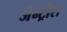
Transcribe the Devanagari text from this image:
जेन्ट्रीस